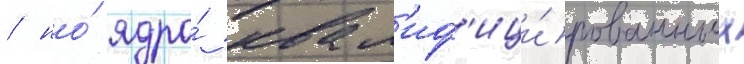
/ но́ ядро́ квал'иф'ици́рованных